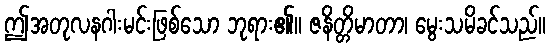
ဤအတုလနဂါးမင်းဖြစ်သော ဘုရား၏။ ဇနိတ္တိမာတာ၊ မွေးသမိခင်သည်။